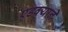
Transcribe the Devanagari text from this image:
एडक्याने